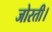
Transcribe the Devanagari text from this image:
जोरती।